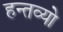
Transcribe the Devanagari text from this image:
हन्तव्यो